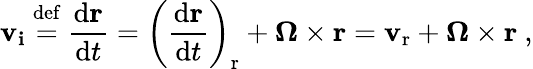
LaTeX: \mathbf{v_{i}}\ {\stackrel{\mathrm{def}}{=}}\ {\frac{\mathrm{d}\mathbf{r}}{\mathrm{d}t}}=\left({\frac{\mathrm{d}\mathbf{r}}{\mathrm{d}t}}\right)_{\mathrm{r}}+{\boldsymbol{\Omega}}\times\mathbf{r}=\mathbf{v}_{\mathrm{r}}+{\boldsymbol{\Omega}}\times\mathbf{r}\ ,